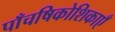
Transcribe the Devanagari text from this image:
पाँचषिकोशिकाएँ